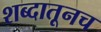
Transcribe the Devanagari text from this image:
शब्दातूनच